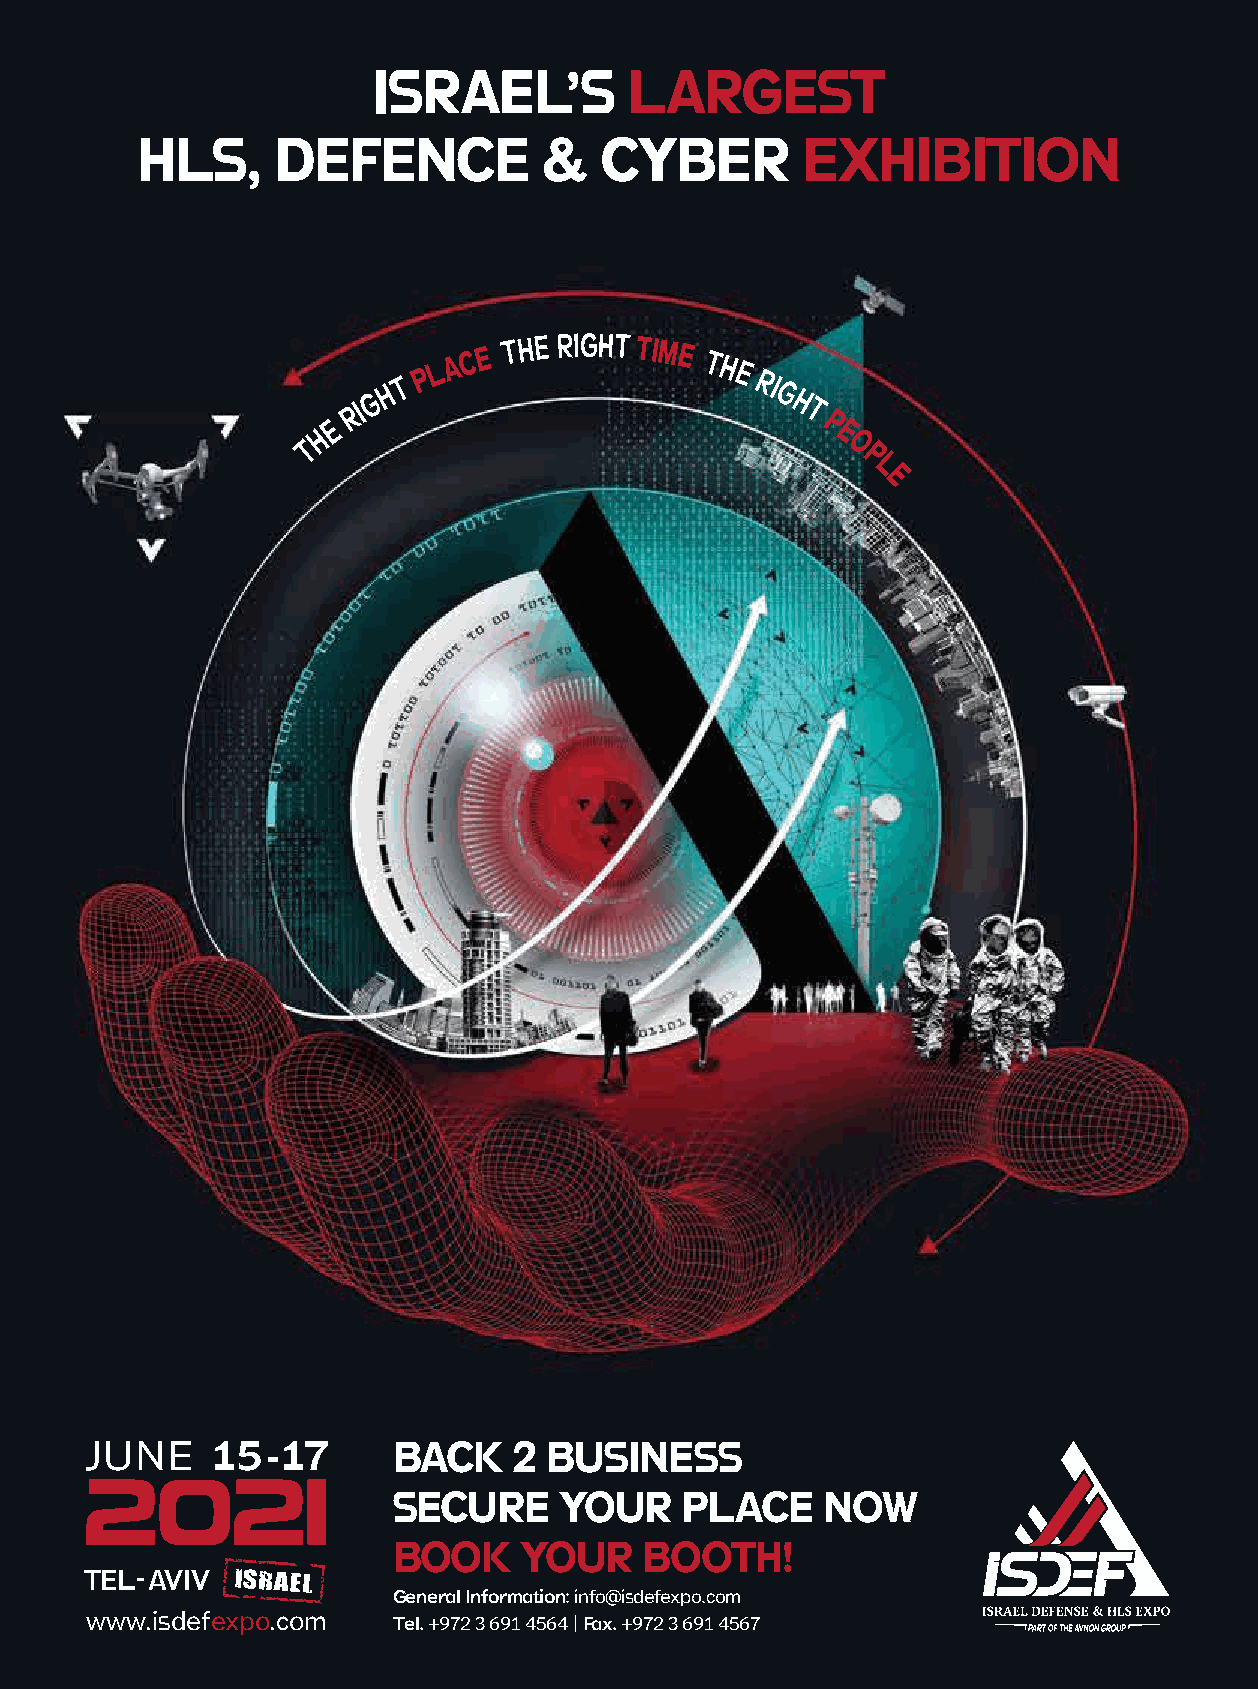
ISRAEL’S         LARGEST
 HLS,     DEFENCE           &   CYBER        EXHIBITION
 RIG H
 T
 P L A C E
 THE RIGHT TIME
 THE
 RI
 G H
 T
 E                               P
 H                                 E
 T                                   O
 P
 L
 E
 JUNE    15-17       BACK    2 BUSINESS
 2021
 SECURE     YOUR    PLACE    NOW
 BOOK    YOUR     BOOTH!
 TEL- AVIV
 General Information: info@isdefexpo.com
 www.isdefexpo.com   Tel. +972 3 691 4564 | Fax. +972 3 691 4567